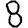
Digit: 8